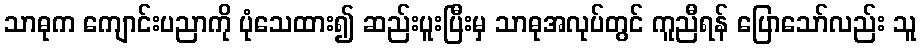
သာဓုက ကျောင်းပညာကို ပုံသေထား၍ ဆည်းပူးပြီးမှ သာဓုအလုပ်တွင် ကူညီရန် ပြောသော်လည်း သူ